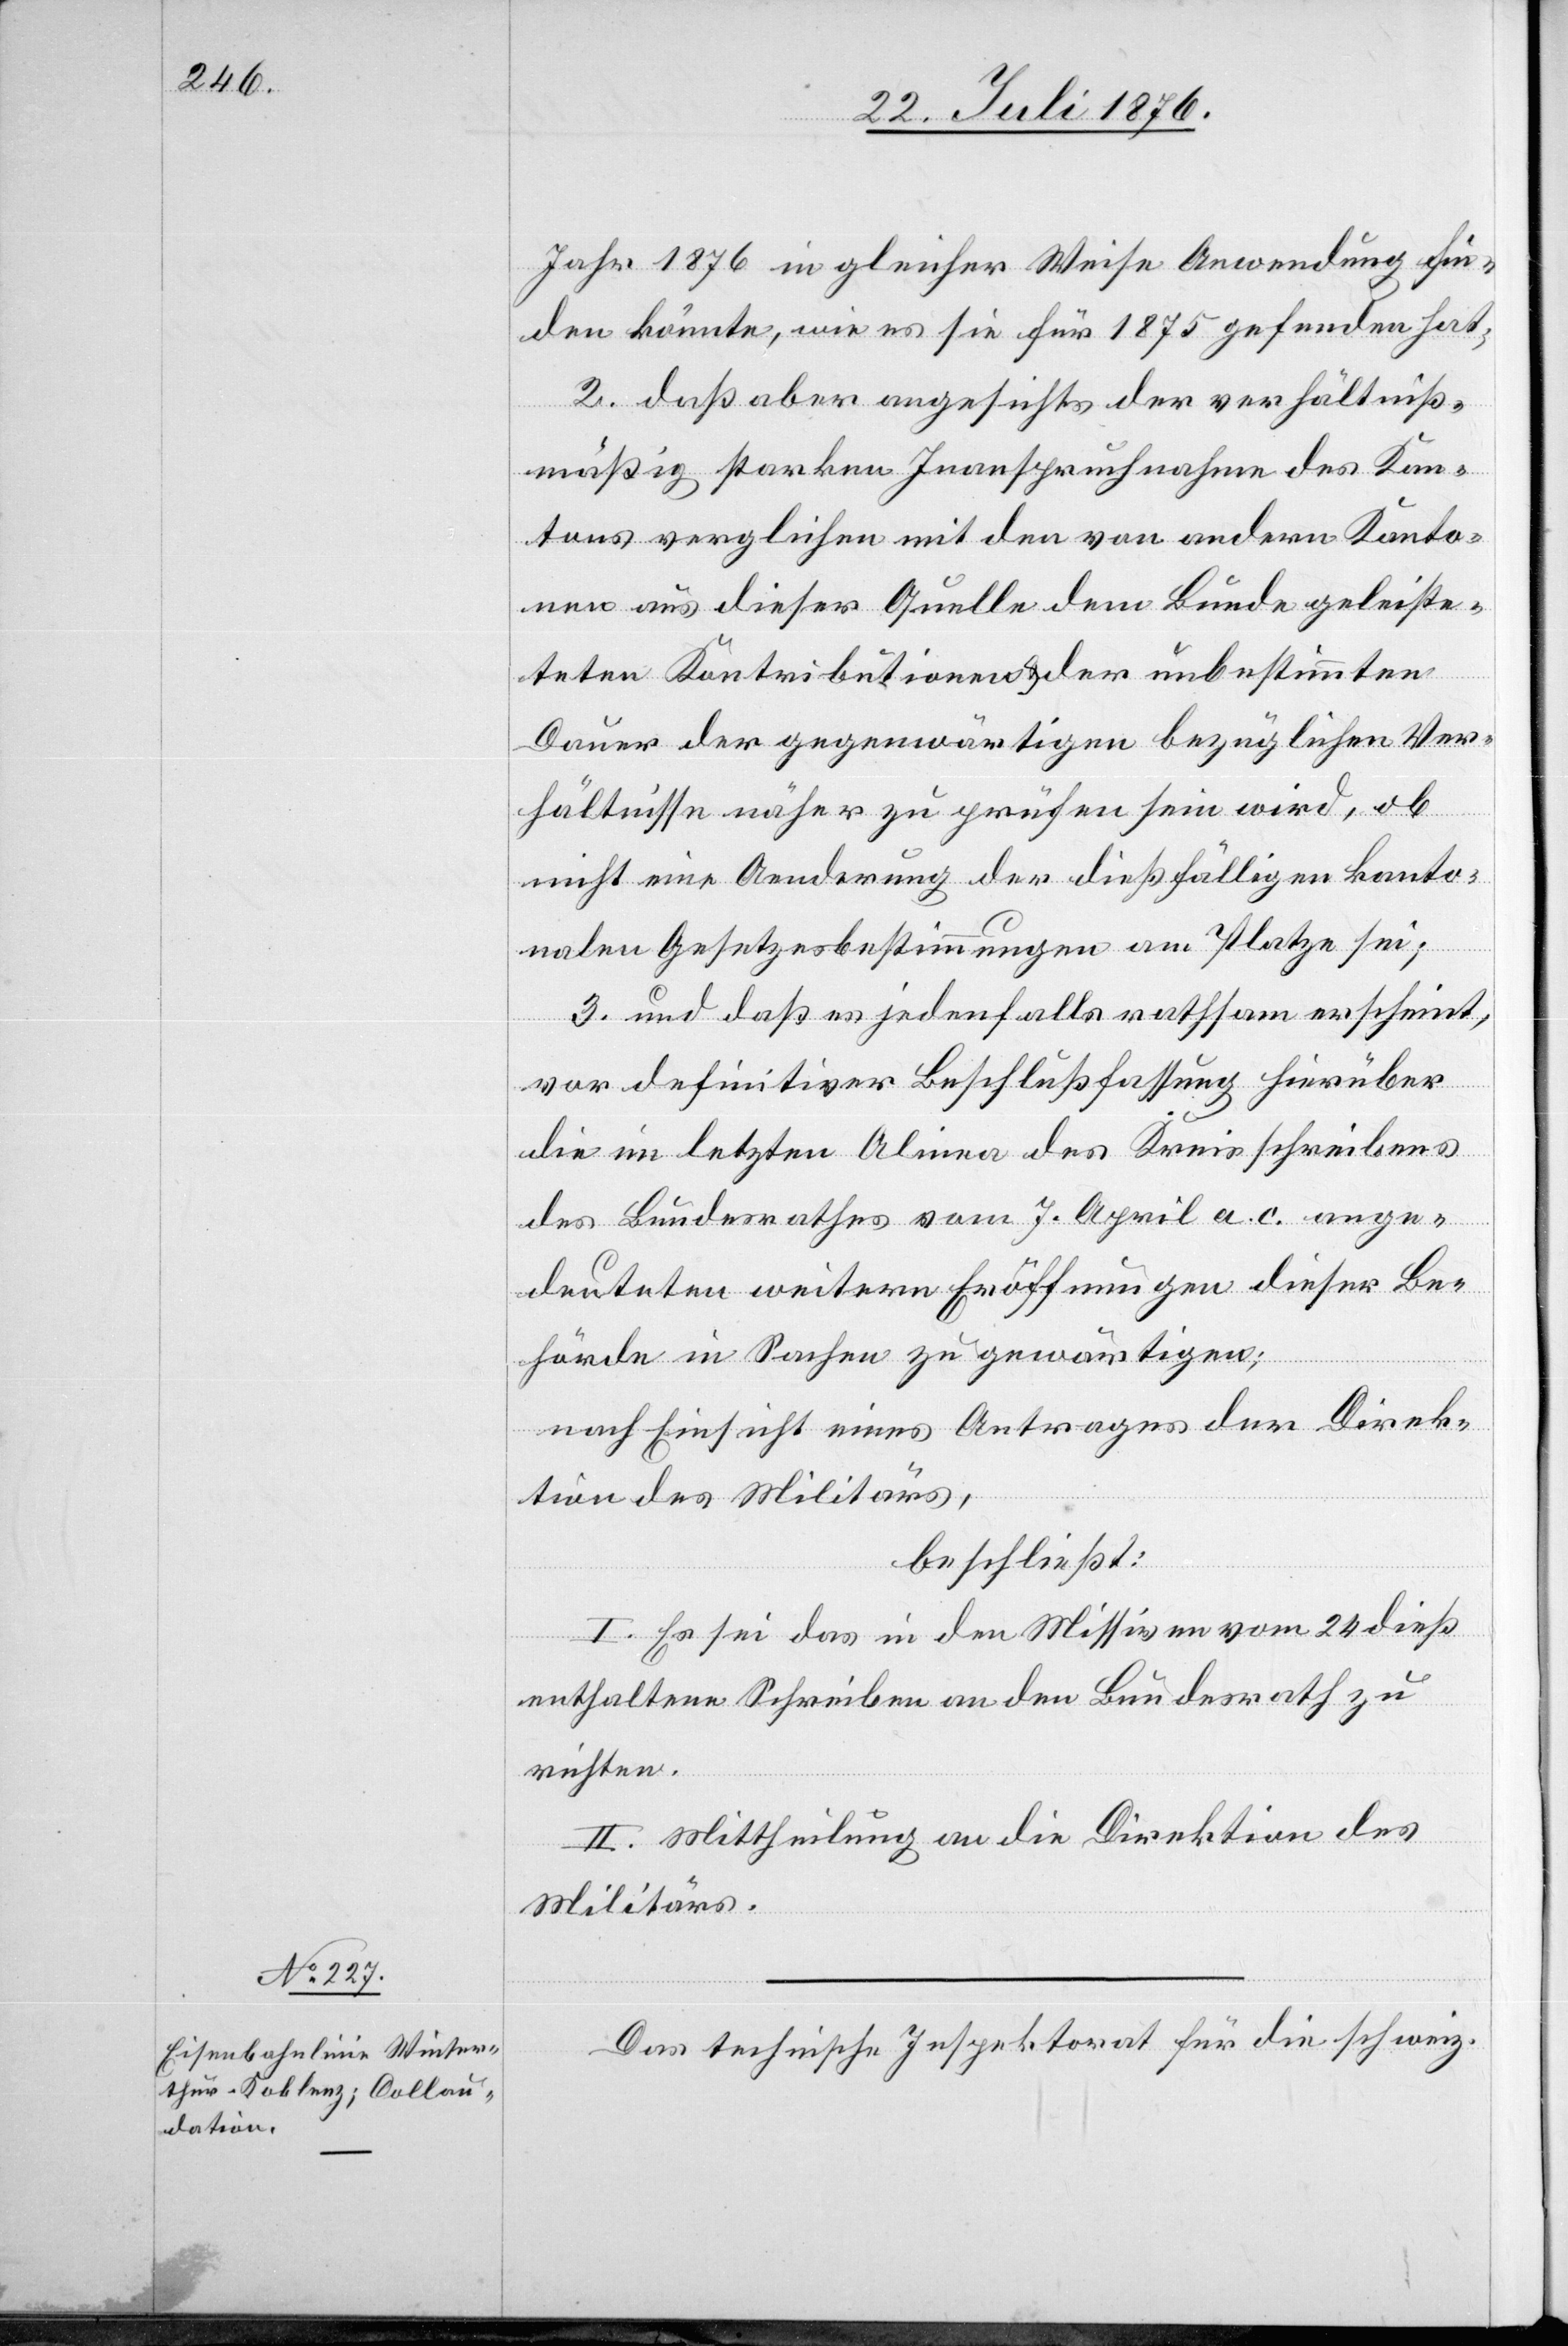
Jahr 1876 in gleicher Weise Anwendung fin¬
den könnte, wie es sie für 1875 gefunden hat;
2. daß aber angesichts der verhältniß¬
mäßig starken Inanspruchnahme des Kan¬
tons verglichen mit den von andern Kanto¬
nen aus dieser Quellen dem Bunde geleits¬
teten Kontributionen & der unbestimmten
Dauer der gegenwärtigen bezüglichen Ver¬
hältnisse näher zu prüfen sein wird, ob
nicht eine Aenderung der dießfälligen kanto¬
nalen Gesetzesbestimmungen am Platz sei;
3. und daß es jedenfalls rathsam erscheint,
vor definitiver Beschlußfassung hierüber
die im letzten Alinea des Kreisschreibens
des Bundesrathes vom 7. April a. c. ange¬
deuteten weitern Eröffnungen dieser Be¬
hörde in Sachen zu gewärtigen;
nach Einsicht eines Antrages der Direk¬
tion des Militärs,
beschließt:
I. Es sei das in den Missiven 26. dieß
enthaltene Schreiben an den Bundesrath zu
richten.
II. Mittheilung an die Direktion des
Militärs.
Das technische Inspektorat für die schweiz.